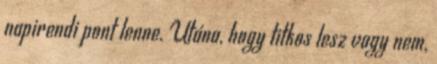
napirendi pont lenne. Utána, hogy titkos lesz vagy nem,